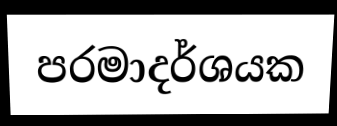
පරමාදර්ශයක